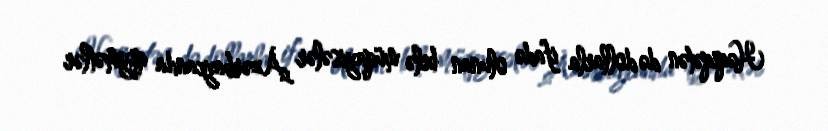
Həqiqətən də dollarla ifadə olunan belə müqayisələr Azərbaycanda qiymətlər